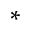
^ *